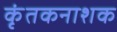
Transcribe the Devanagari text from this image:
कृंतकनाशक